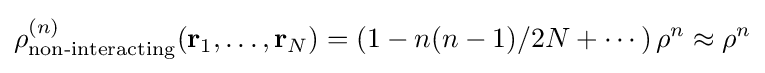
\rho _{\text{non-interacting}}^{(n)}(\mathbf {r} _{1},\dots ,\mathbf {r} _{N})=\left(1-n(n-1)/2N+\cdots \right)\rho ^{n}\approx \rho ^{n}